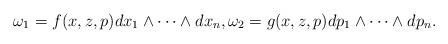
LaTeX: \begin{gather*}\omega_1 = f(x,z,p)dx_1\wedge \cdots \wedge dx_n,\omega_2 =g(x,z,p)dp_1\wedge \cdots \wedge dp_n.\end{gather*}